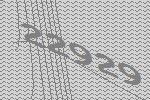
22929